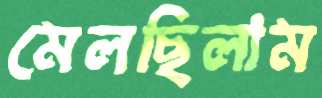
মেলছিলাম